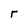
Character: r